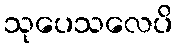
သုပေသလေပိ